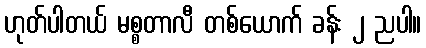
ဟုတ်ပါတယ် မစ္စတာလီ တစ်ယောက် ခန်း ၂ ညပါ။